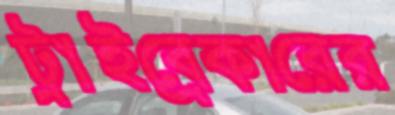
ট্রাইব্রেকারের